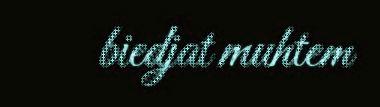
biedjat muhtem